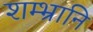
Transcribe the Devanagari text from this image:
शम्भ्रानि